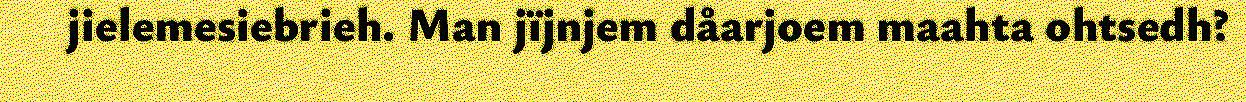
jielemesiebrieh. Man jïjnjem dåarjoem maahta ohtsedh?